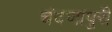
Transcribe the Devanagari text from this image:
चंदणापुरी